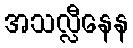
အသလ္လီနေန